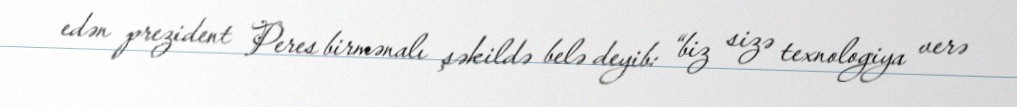
edən prezident Peres birmənalı şəkildə belə deyib: “biz sizə texnologiya verə